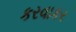
કરવાકર